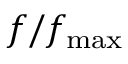
f / f _ { \mathrm { m a x } }